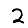
Digit: 2